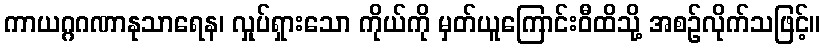
ကာယဂ္ဂဂဏာနုသာရေန၊ လှုပ်ရှားသော ကိုယ်ကို မှတ်ယူကြောင်းဝီထိသို့ အစဉ်လိုက်သဖြင့်။